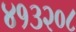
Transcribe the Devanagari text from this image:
४१३२०८